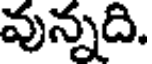
వున్నది.